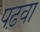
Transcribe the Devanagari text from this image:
पढ़वा